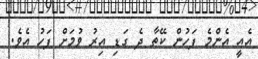
އެއީ އެންމެ ފަހުން ކޭތާ ދެ ގަޑި އިރު ވުމަށް ފަހު އެވެ.